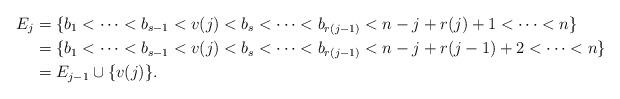
\begin{align*}E_j &= \{b_1 < \cdots < b_{s-1} < v(j) < b_s < \cdots < b_{r(j-1)} < n-j + r(j)+1 < \cdots < n\}\\ &= \{b_1 < \cdots < b_{s-1} < v(j) < b_s < \cdots < b_{r(j-1)} < n-j + r(j-1)+2 < \cdots < n\}\\ &= E_{j-1} \cup \{v(j)\}.\end{align*}